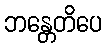
ဘန္တေတိပေ